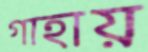
গাহায়